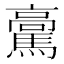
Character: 𩥊